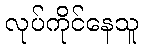
လုပ်ကိုင်နေသူ